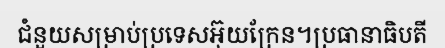
ជំនួយសម្រាប់ប្រទេសអ៊ុយក្រែន។ប្រធានាធិបតី